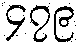
၄၇၉